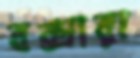
বক্সারা